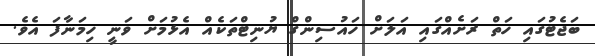
ބަޖެޓުގައި ހަތް ރަށެއްގައި އަލަށް ހައުސިންގް ޔުނިޓްތަކެއް އެޅުމަށް ވަނީ ހިމަނާފަ އެވެ.